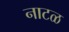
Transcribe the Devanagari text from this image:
नाटळ